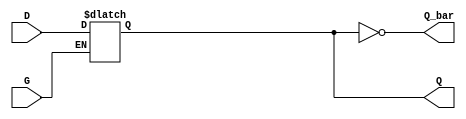
module GatedDLatch (
    input wire D,       // Data input
    input wire G,       // Gate (enable) input
    output reg Q,       // Output
    output wire Q_bar   // Complementary output
);

// Complementary output
assign Q_bar = ~Q;

// Always block for the gated D latch behavior
always @(*) begin
    if (G) begin
        Q = D;  // When G is high, Q follows D
    end
    // When G is low, Q retains its previous value (no assignment needed)
end

endmodule